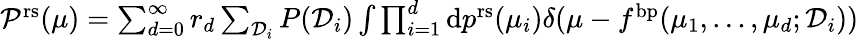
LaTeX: \begin{array}{r}{\mathcal{P}^{\mathrm{rs}}(\mu)=\sum_{d=0}^{\infty}r_{d}\sum_{\mathcal{D}_{i}}P(\mathcal{D}_{i})\int\prod_{i=1}^{d}\mathrm{d}p^{\mathrm{rs}}(\mu_{i})\delta(\mu-f^{\mathrm{bp}}(\mu_{1},\dots,\mu_{d};\mathcal{D}_{i}))}\end{array}